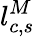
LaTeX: l_{c,s}^{M}